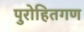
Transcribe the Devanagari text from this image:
पुरोहितगण